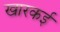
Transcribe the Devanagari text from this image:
खारकई